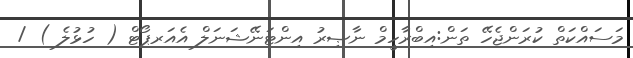
މަސައްކަތް ކުރަންޖެހޭ ތަން:އިބްރާހީމް ނާޞިރު އިންޓަނޭޝަނަލް އެއަރޕޯޓް ( ހުޅުލެ ) /